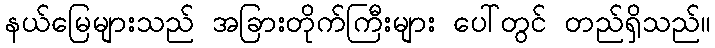
နယ်မြေများသည် အခြားတိုက်ကြီးများ ပေါ်တွင် တည်ရှိသည်။